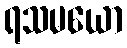
ရသမယော